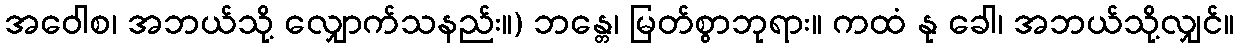
အဝေါစ၊ အဘယ်သို့ လျှောက်သနည်း။) ဘန္တေ၊ မြတ်စွာဘုရား။ ကထံ နု ခေါ၊ အဘယ်သို့လျှင်။